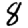
Digit: 8